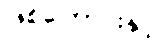
ဖြစ်ကြောင်းနှင့်